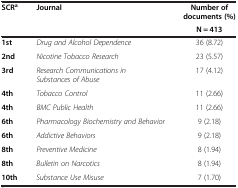
<table><thead><tr><td><b>SCR<sup>a</sup></b></td><td><b>Journal</b></td><td><b>Number of documents (%)</b></td></tr><tr><td><b> </b></td><td><b> </b></td><td><b>N = 413</b></td></tr></thead><tbody><tr><td><b>1st</b></td><td><i>Drug and Alcohol Dependence</i></td><td>36 (8.72)</td></tr><tr><td><b>2nd</b></td><td><i>Nicotine Tobacco Research</i></td><td>23 (5.57)</td></tr><tr><td><b>3rd</b></td><td><i>Research Communications in Substances of Abuse</i></td><td>17 (4.12)</td></tr><tr><td><b>4th</b></td><td><i>Tobacco Control</i></td><td>11 (2.66)</td></tr><tr><td><b>4th</b></td><td><i>BMC Public Health</i></td><td>11 (2.66)</td></tr><tr><td><b>6th</b></td><td><i>Pharmacology Biochemistry and Behavior</i></td><td>9 (2.18)</td></tr><tr><td><b>6th</b></td><td><i>Addictive Behaviors</i></td><td>9 (2.18)</td></tr><tr><td><b>8th</b></td><td><i>Preventive Medicine</i></td><td>8 (1.94)</td></tr><tr><td><b>8th</b></td><td><i>Bulletin on Narcotics</i></td><td>8 (1.94)</td></tr><tr><td><b>10th</b></td><td><i>Substance Use Misuse</i></td><td>7 (1.70)</td></tr></tbody></table>